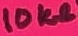
Text: 10KΩ